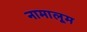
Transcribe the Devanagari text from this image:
नामालूम